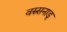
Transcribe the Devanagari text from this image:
वरुसनाडू